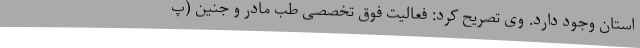
استان وجود دارد. وی تصریح کرد: فعالیت فوق تخصصی طب مادر و جنین (پ